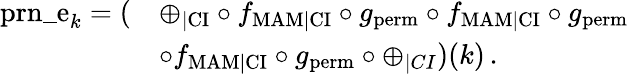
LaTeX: \begin{array}{rl}{\mathrm{prn\_ e}_{k}=(}&{\oplus_{|\mathrm{CI}}\circ f_{\mathrm{MAM}|\mathrm{CI}}\circ g_{\mathrm{perm}}\circ f_{\mathrm{MAM}|\mathrm{CI}}\circ g_{\mathrm{perm}}}\\ &{\circ f_{\mathrm{MAM}|\mathrm{CI}}\circ g_{\mathrm{perm}}\circ\oplus_{|CI})(k)\, .}\end{array}